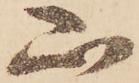
山